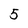
Character: 5